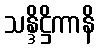
သန္ဒိဋ္ဌိကာနိ